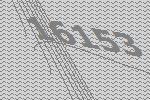
16153